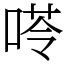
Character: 𠸖